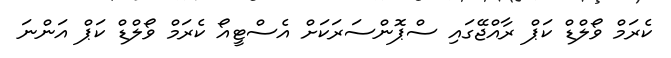
ކެރަމް ވޯލްޑް ކަޕް ރާއްޖޭގައި ސްޕޮންސަރަކަށް އެސްޓީއޯ ކެރަމް ވޯލްޑް ކަޕް އަންނަ